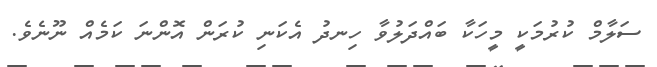
ސަލާމް ކުރުމަކީ މީހަކާ ބައްދަލުވާ ހިނދު އެކަނި ކުރަން އޮންނަ ކަމެއް ނޫނެވެ.